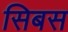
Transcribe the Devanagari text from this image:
सिबस